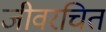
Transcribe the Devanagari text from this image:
जीवरचित